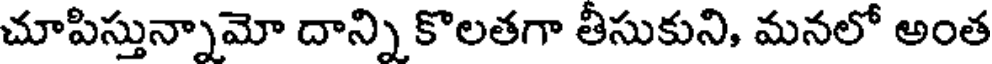
చూపిస్తున్నామో దాన్ని కొలతగా తీసుకుని, మనలో అంత